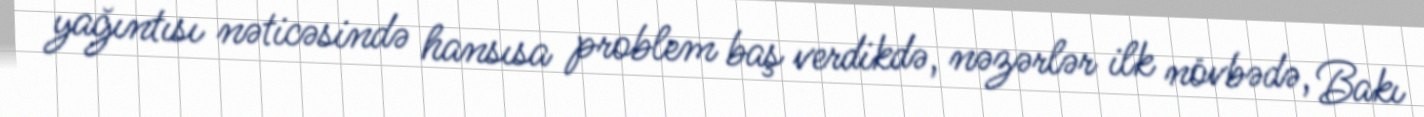
yağıntısı nəticəsində hansısa problem baş verdikdə, nəzərlər ilk növbədə, Bakı